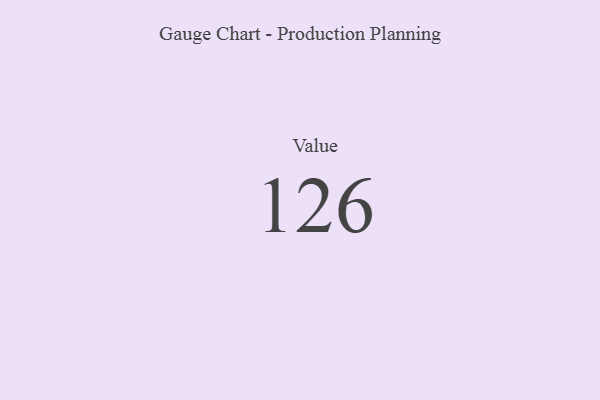
{"axis": {"x": "Metric", "y": "Value"}, "legend": [""], "data": [{"x": "Value", "y": 126, "type": ""}]}